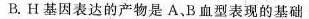
B.H基因表达的产物是A.B血型表现的基础